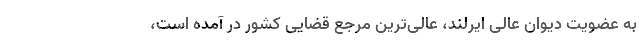
به عضویت دیوان عالی ایرلند، عالی‌ترین مرجع قضایی کشور در آمده است،